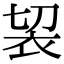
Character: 袃